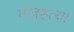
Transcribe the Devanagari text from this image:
गोत्रहत्या